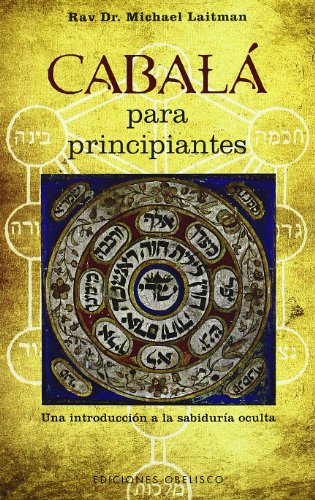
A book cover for Cabala para principiantes (Spanish Edition); Rabbi Michael Laitman; Religion & Spirituality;